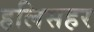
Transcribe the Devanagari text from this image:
हलिसहर